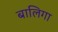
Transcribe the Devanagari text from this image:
बालिगा